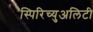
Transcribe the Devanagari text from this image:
स्पिरिच्युअलिटी